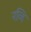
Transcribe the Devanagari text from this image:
नव्वि